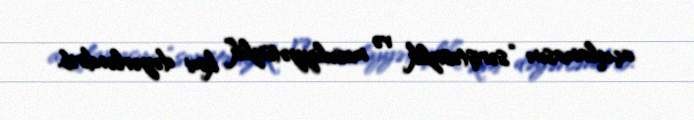
açıqlamasını “səriştəsizlik və məsuliyyətsizlik” kimi dəyərləndirib.